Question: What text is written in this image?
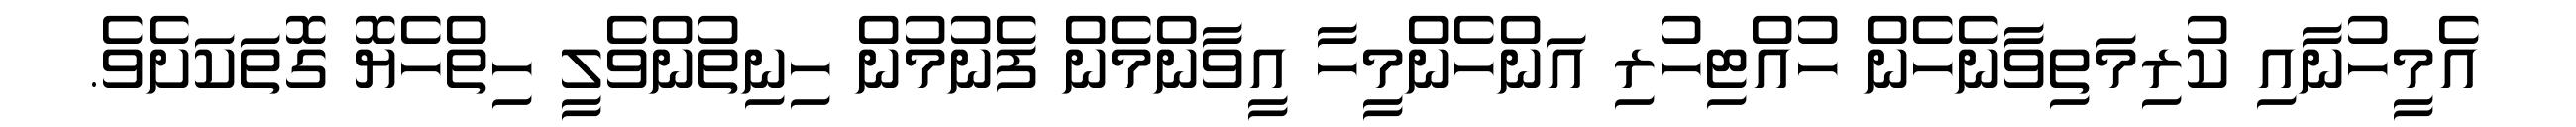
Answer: އެމީހުނާއި ކުރިމަތިވާނެހެން ހުއްޓިހުރި އަންހެންމީހާ އީވާންމެން ފެނުމުން ހިނިތުންވެލީ ހިތްހެޔޮ ގޮތަކަށެވެ.